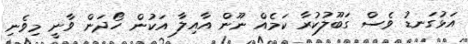
އަޅުގަނޑު ވެސް ގަބޫލުކުރާ ކަމެއް ނޫން އާއިލާ އަކުން ހޯދަން ވާނީ މިވެނި